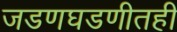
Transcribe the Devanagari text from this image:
जडणघडणीतही